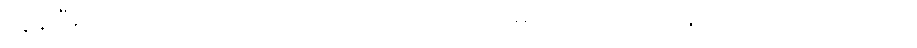
လွန်ပြီးလသော်။ ယာဝတာယုကံ၊ အသက်ရှည်သမျှ ကာလပတ်လုံး။ ဘဝင်္ဂံ၊ ဘဝင်သည်။